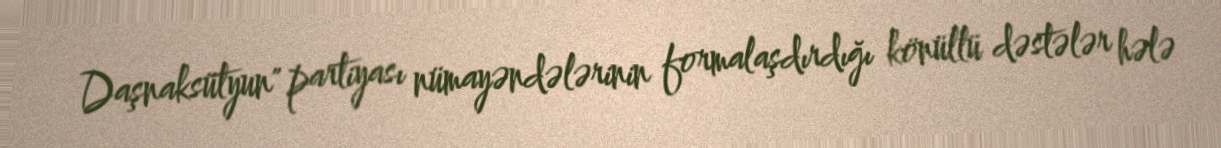
Daşnaksütyun" partiyası nümayəndələrinin formalaşdırdığı könüllü dəstələr hələ